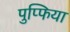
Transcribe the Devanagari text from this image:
पुप्फिया